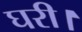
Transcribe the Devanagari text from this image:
घरी।